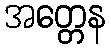
အတ္တေန